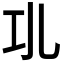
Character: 𢀗